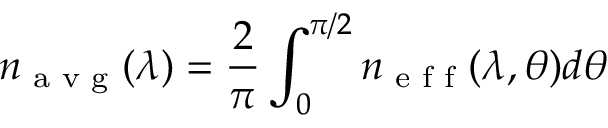
n _ { \textrm { a v g } } ( \lambda ) = \frac { 2 } { \pi } \int _ { 0 } ^ { \pi / 2 } n _ { \textrm { e f f } } ( \lambda , \theta ) d \theta